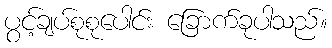
ပွင့်ချပ်စုစုပေါင်း ခြောက်ခုပါသည်။